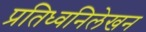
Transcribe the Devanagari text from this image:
प्रतिध्वनिलेखन